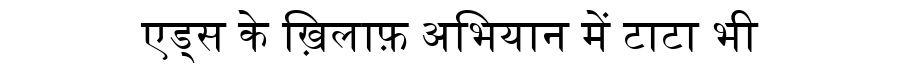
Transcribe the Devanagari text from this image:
एड्स के ख़िलाफ़ अभियान में टाटा भी